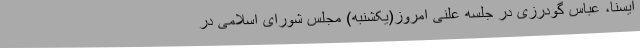
ایسنا، عباس گودرزی در جلسه علنی امروز(یکشنبه) مجلس شورای اسلامی در